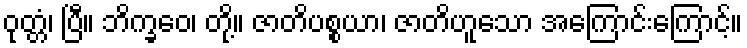
ဝုတ္တံ၊ ပြီ။ ဘိက္ခဝေ၊ တို့။ ဇာတိပစ္စယာ၊ ဇာတိဟူသော အကြောင်းကြောင့်။